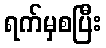
ရက်မှစပြီး